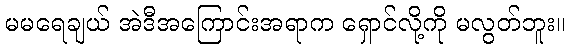
မမရေချယ် အဲဒီအကြောင်းအရာက ရှောင်လို့ကို မလွတ်ဘူး။